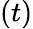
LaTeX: \left(t\right)